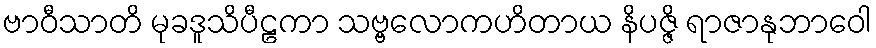
ဗာဝီသာတိ မုခဒူသိပီဠကာ သဗ္ဗလောကဟိတာယ နိပဇ္ဇိ ရာဇာနုဘာဝေါ